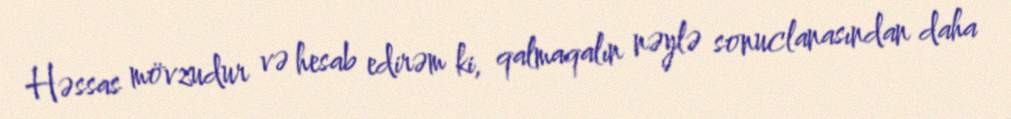
Həssas mövzudur və hesab edirəm ki, qalmaqalın nəylə sonuclanasından daha